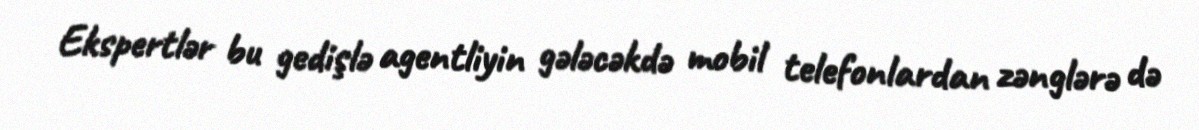
Ekspertlər bu gedişlə agentliyin gələcəkdə mobil telefonlardan zənglərə də